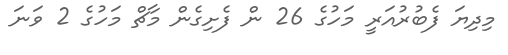
މިދިޔަ ފެބުރުއަރީ މަހުގެ 26 ން ފެށިގެން މާޗް މަހުގެ 2 ވަނަ